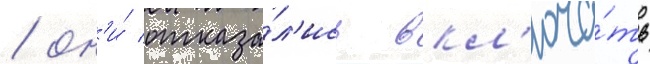
/ он'и́ отказа́л'ись вкл'юча́ть